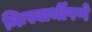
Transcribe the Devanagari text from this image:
निःस्वार्थीपणे